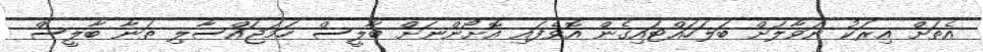
އެތަށް އިރަކު ނަވާލަށް ބަލަހައްޓައިގެން އޮވެފައި އޮށޯންނަށް ބާލީސް ހަމަޖައްސާލި ތަނާ ބާލީސް